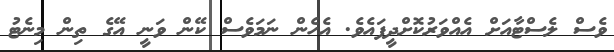
ވެސް ލެސްޓާއަށް އެއްވަރުކޮށްދީފައެވެ. އެހެން ނަމަވެސް ކޭން ވަނީ އޭގެ ތިން މިނެޓު